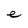
Character: e